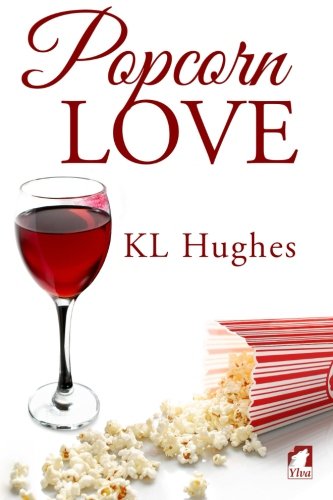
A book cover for Popcorn Love; KL Hughes; Romance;